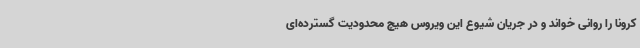
کرونا را روانی خواند و در جریان شیوع این ویروس هیچ محدودیت گسترده‌ای